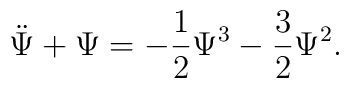
\ddot{\Psi} + \Psi = - \frac{1}{2} \Psi^{3}- \frac{3}{2} \Psi^{2}.